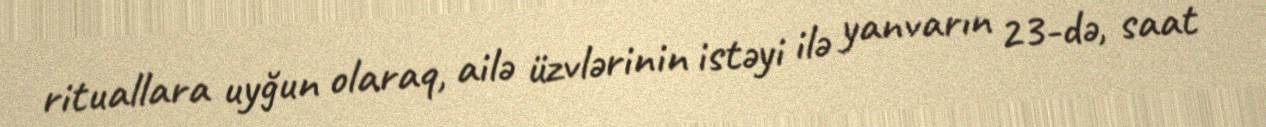
rituallara uyğun olaraq, ailə üzvlərinin istəyi ilə yanvarın 23-də, saat